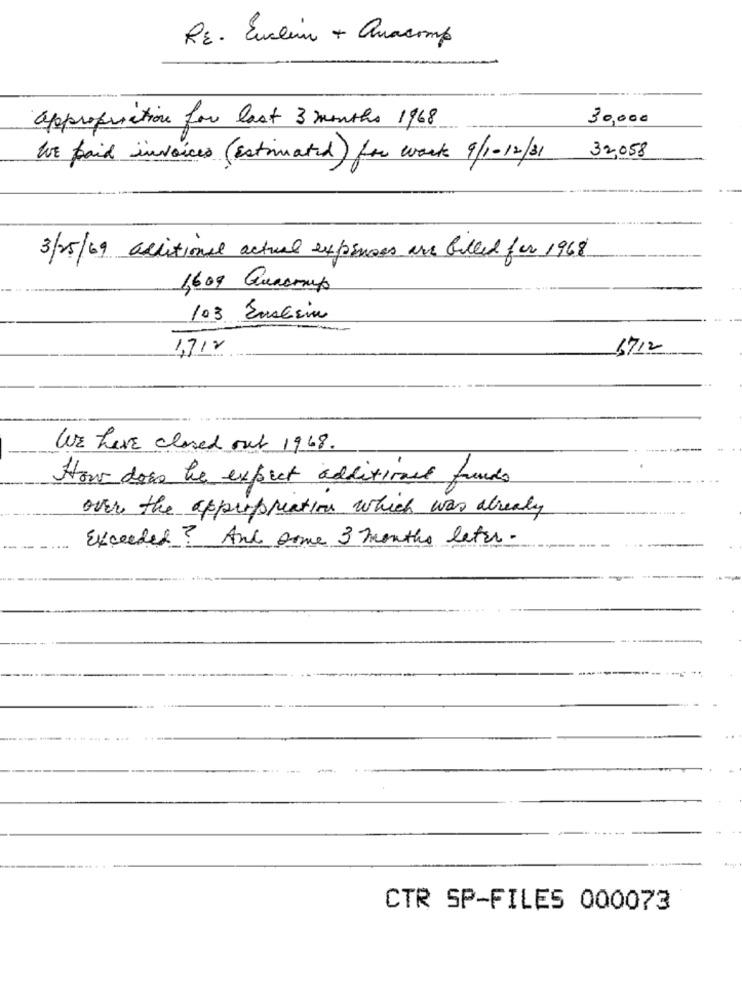
RE. Eurlem + Quacomp
appropriation for last 3 months 1968
30,000
We paid invoices (Estimated) for work 9/1-12/31
32,058
3/25/69 additional actual expenses are filled for 1968
1609 Quadrup
103 Ensesin
1,712
6712
We have closed out 1968.
How does he expect additional funds
over the appropriation which was already
Exceeded? And some 3 months later .
CTR SP-FILES 000073